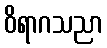
ဝိရာဂသညာ